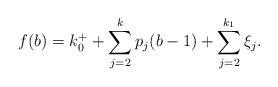
LaTeX: \begin{align*}\begin{aligned}f(b)&=k_{0}^{+}+\sum_{j=2}^{k}p_{j}(b-1)+\sum_{j=2}^{k_1}\xi_{j}.\end{aligned}\end{align*}